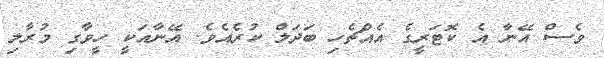
ވެސް އޭނާ އެ ކޮޓަރީގެ އެއްޗެހި ބަދަލް ކުރެއެވެ. އޭނާއަކީ ހީވާގި މުރާލި